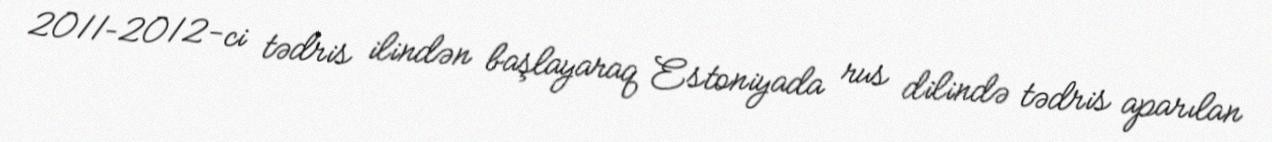
2011–2012-ci tədris ilindən başlayaraq Estoniyada rus dilində tədris aparılan